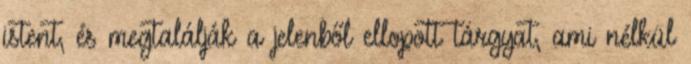
istent, és megtalálják a jelenből ellopott tárgyat, ami nélkül